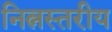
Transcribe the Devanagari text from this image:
नित्नस्तरीय